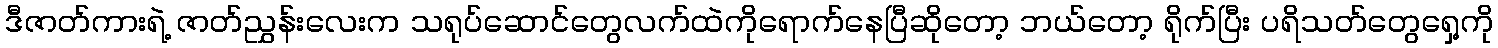
ဒီဇာတ်ကားရဲ့ ဇာတ်ညွှန်းလေးက သရုပ်ဆောင်တွေလက်ထဲကိုရောက်နေပြီဆိုတော့ ဘယ်တော့ ရိုက်ပြီး ပရိသတ်တွေရှေ့ကို